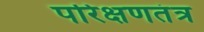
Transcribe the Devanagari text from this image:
परिक्षणतंत्र